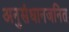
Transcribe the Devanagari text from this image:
अनुसंधानजनित